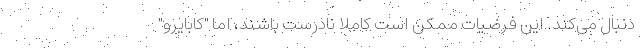
دنبال می‌کند. این فرضیات ممکن است کاملا نادرست باشند، اما "کابایرو"